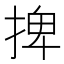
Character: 捭